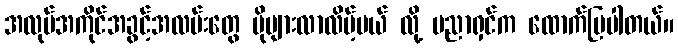
အလုပ်အကိုင်အခွင့်အလမ်းတွေ ပိုများလာလိမ့်မယ် လို့ ပညာရှင်က ထောက်ပြပါတယ်။